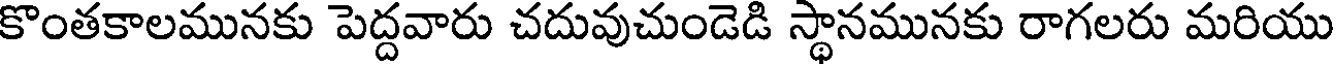
కొంతకాలమునకు పెద్దవారు చదువుచుండెడి స్థానమునకు రాగలరు మరియు